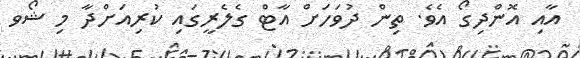
އާއި އޮންދިގޯ އެވެ. ތިން ދުވަހަށް އާޓް ގެލެރީގައި ކުރިއަށްދާ މި ޝޯވ